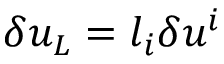
\delta u _ { L } = l _ { i } \delta u ^ { i }